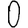
Digit: 0